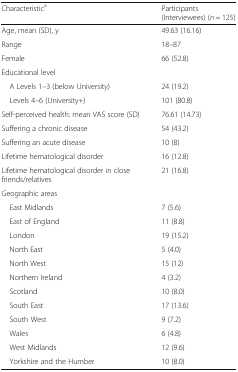
| Characteristica | Participants (Interviewees) (n = 125) |
 | --- | --- |
 | Age, mean (SD), y | 49.63 (16.16) |
 | Range | 18–87 |
 | Female | 66 (52.8) |
 | <COLSPAN=2> Educational level |
 | A Levels 1–3 (below University) | 24 (19.2) |
 | Levels 4–6 (University+) | 101 (80.8) |
 | Self-perceived health: mean VAS score (SD) | 76.61 (14.73) |
 | Suffering a chronic disease | 54 (43.2) |
 | Suffering an acute disease | 10 (8) |
 | Lifetime hematological disorder | 16 (12.8) |
 | Lifetime hematological disorder in close friends/relatives | 21 (16.8) |
 | <COLSPAN=2> Geographic areas |
 | East Midlands | 7 (5.6) |
 | East of England | 11 (8.8) |
 | London | 19 (15.2) |
 | North East | 5 (4.0) |
 | North West | 15 (12) |
 | Northern Ireland | 4 (3.2) |
 | Scotland | 10 (8.0) |
 | South East | 17 (13.6) |
 | South West | 9 (7.2) |
 | Wales | 6 (4.8) |
 | West Midlands | 12 (9.6) |
 | Yorkshire and the Humber | 10 (8.0) |